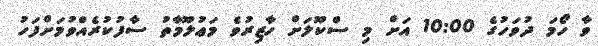
ވާ ހޯމަ ދުވަހުގެ 10:00 އަށް މި ސްކޫލަށް ހާޒިރުވެ މަޢުލޫމާތު ސާފުކުރެއްވުމަށްފަހު